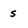
Character: 5